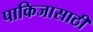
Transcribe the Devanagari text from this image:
पाकिजासाठी